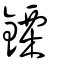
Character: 𨫊